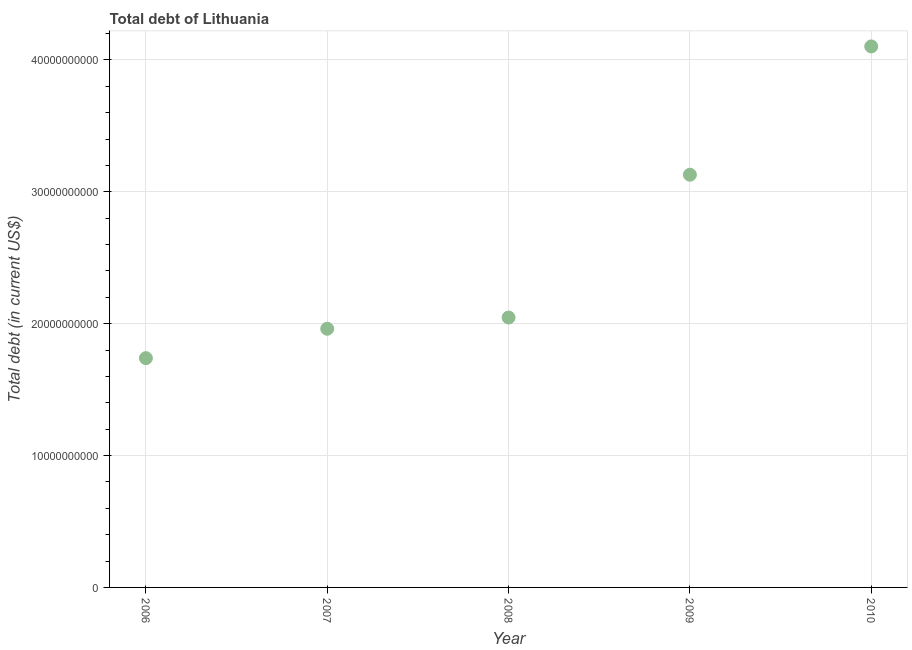
| Year | Central government debt |
 | --- | --- |
 | 2006 | 1.74e+10 |
 | 2007 | 1.96e+10 |
 | 2008 | 2.05e+10 |
 | 2009 | 3.13e+10 |
 | 2010 | 4.1e+10 |